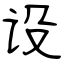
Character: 设